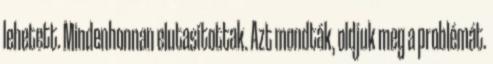
lehetett. Mindenhonnan elutasítottak. Azt mondták, oldjuk meg a problémát.